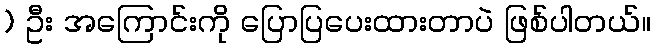
) ဦး အကြောင်းကို ပြောပြပေးထားတာပဲ ဖြစ်ပါတယ်။